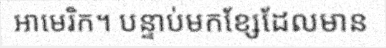
អាមេរិក។ បន្ទាប់មកខ្សែដែលមាន